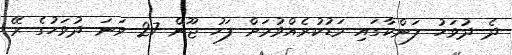
ދެ ދުވަހު ލަންކާގައި މަޑުކުރެއްވުމަށް ފަހު ޖޫން 27 ވަނަ ދުވަހުގެ ރޭ